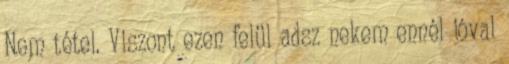
Nem tétel. Viszont ezen felül adsz nekem ennél jóval